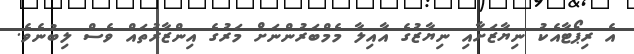
އެ ރިޕޯޓާއެކު ނިޔާޒަށާއި ނިޔާޒުގެ އާއިލާ މެމްބަރުންނަށް މަރުގެ އިންޒާރުތައް ވެސް ލިބުނެވެ.